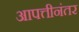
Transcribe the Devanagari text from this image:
आपत्तीनंतर